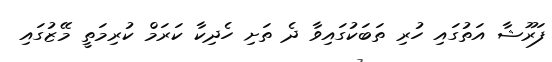
ފަރޫޝާ އަތުގައި ހުރި ތަބަކުގައިވާ ދެ ތަށި ހެދިކާ ކަރަމް ކުރިމަތީ މޭޒުގައި